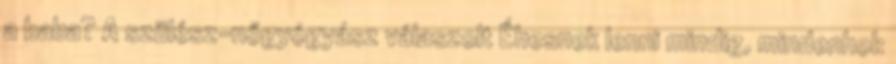
a baba? A szülész-nőgyógyász válaszolt Éhesnek lenni mindig, mindenhol: